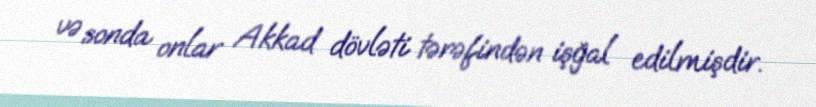
və sonda onlar Akkad dövləti tərəfindən işğal edilmişdir.